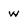
Character: w